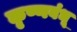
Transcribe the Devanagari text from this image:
कृष्णबंधू